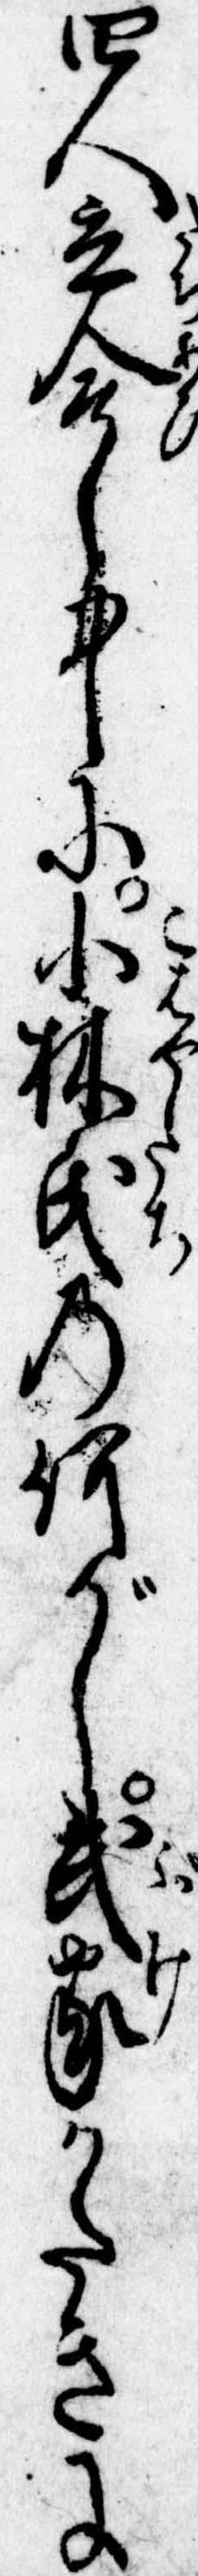
四人立合し中に小林氏の何がし武家かたきに